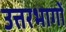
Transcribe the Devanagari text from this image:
उत्तरभागों